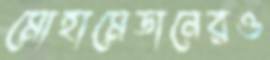
মোহামেডানেরও